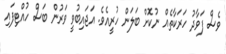
ވެސް ފަވާދު ހަރަކާތެއް ނުކޮށް ބަލަން ހުރީއެވެ. އަޖައިބުވީ ވަރުން ބަސް ހުއްޓިފައި